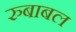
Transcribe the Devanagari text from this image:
रुबाबल